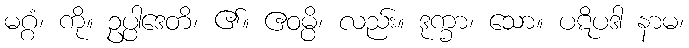
မဂ္ဂံ၊ ကို။ ဥပ္ပါဒေတိ၊ ၏။ ဧဝမ္ပိ၊ လည်း။ ဒုက္ခာ၊ သော။ ပဋိပဒါ နာမ၊